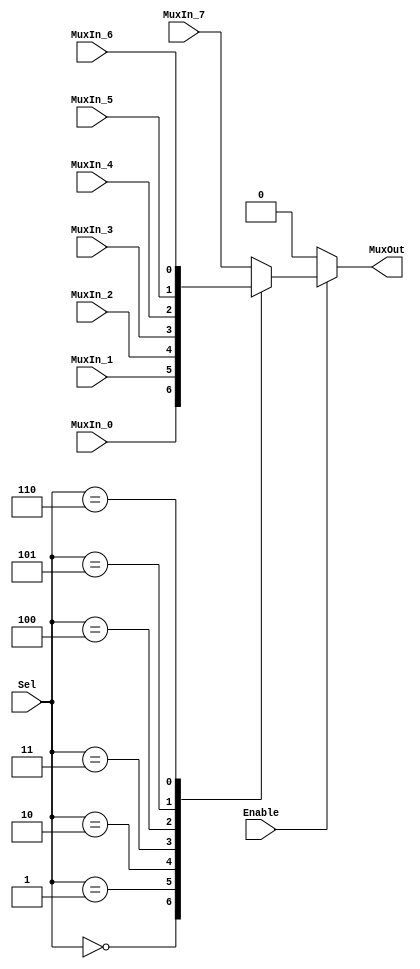
/******************************************************************************
 ** Logisim goes FPGA automatic generated Verilog code                       **
 **                                                                          **
 ** Component : Multiplexer_8                                                **
 **                                                                          **
 ******************************************************************************/

`timescale 1ns/1ps
module Multiplexer_8( Enable,
                      MuxIn_0,
                      MuxIn_1,
                      MuxIn_2,
                      MuxIn_3,
                      MuxIn_4,
                      MuxIn_5,
                      MuxIn_6,
                      MuxIn_7,
                      Sel,
                      MuxOut);

   /***************************************************************************
    ** Here the inputs are defined                                           **
    ***************************************************************************/
   input  Enable;
   input  MuxIn_0;
   input  MuxIn_1;
   input  MuxIn_2;
   input  MuxIn_3;
   input  MuxIn_4;
   input  MuxIn_5;
   input  MuxIn_6;
   input  MuxIn_7;
   input[2:0]  Sel;

   /***************************************************************************
    ** Here the outputs are defined                                          **
    ***************************************************************************/
   output MuxOut;

   /***************************************************************************
    ** Here the internal registers are defined                               **
    ***************************************************************************/
   reg s_selected_vector;

   assign MuxOut = s_selected_vector;

   always @(*)
   begin
      if (~Enable) s_selected_vector <= 0;
      else case (Sel)
         3'b000:
            s_selected_vector <= MuxIn_0;
         3'b001:
            s_selected_vector <= MuxIn_1;
         3'b010:
            s_selected_vector <= MuxIn_2;
         3'b011:
            s_selected_vector <= MuxIn_3;
         3'b100:
            s_selected_vector <= MuxIn_4;
         3'b101:
            s_selected_vector <= MuxIn_5;
         3'b110:
            s_selected_vector <= MuxIn_6;
         default:
            s_selected_vector <= MuxIn_7;
      endcase
   end

endmodule